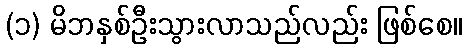
(၁) မိဘနှစ်ဦးသွားလာသည်လည်း ဖြစ်စေ။